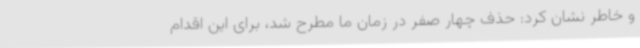
و خاطر نشان کرد: حذف چهار صفر در زمان ما مطرح شد، برای این اقدام